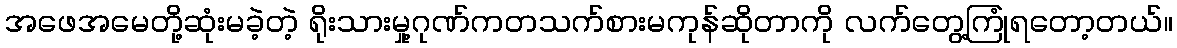
အဖေအမေတို့ဆုံးမခဲ့တဲ့ ရိုးသားမှု့ဂုဏ်ကတသက်စားမကုန်ဆိုတာကို လက်တွေ့ကြုံရတော့တယ်။